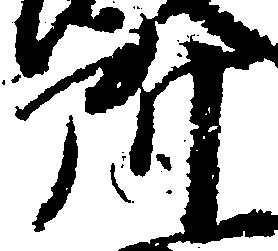
所